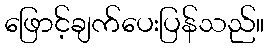
ဖြောင့်ချက်ပေးပြန်သည်။